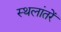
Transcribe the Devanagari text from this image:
स्थलांतरें